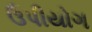
ઉપીયોગ